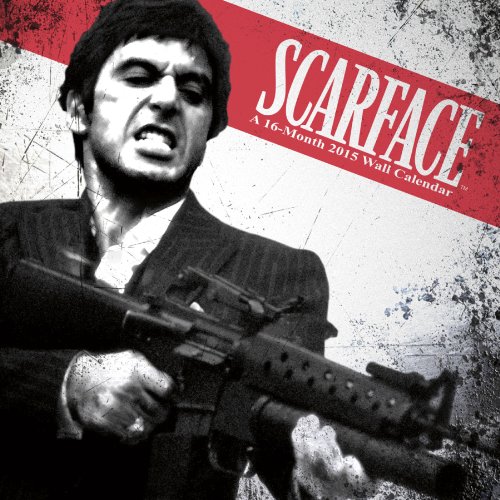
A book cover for Scarface 2015 Premium Wall Calendar; Trends International; Calendars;